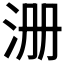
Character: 𰛚